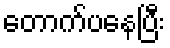
တောက်ပနေပြီး